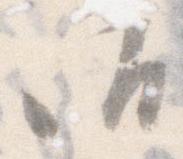
御